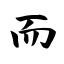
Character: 而